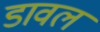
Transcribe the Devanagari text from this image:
डावल